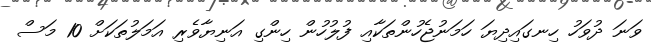
ވަނަ ދުވަހު ހިނގައިދިޔަ ހަމަނުޖެހުންތަކާއި ފުލުހުން ހިންގި އަނިޔާވެރި އަމަލުތަކަށް 10 މަސް